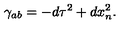
\gamma _ { a b } = - d \tau ^ { 2 } + d x _ { n } ^ { 2 } .